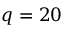
q = 2 0